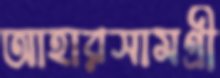
আহারসামগ্রী